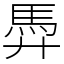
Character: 馵